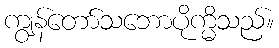
ကျွန်တော်သဘောပိုက္မိသည်။